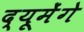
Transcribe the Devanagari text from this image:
द्यूमेंगे